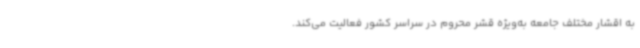
به اقشار مختلف جامعه به‌ویژه قشر محروم در سراسر کشور فعالیت می‌کند.